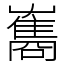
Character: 雟